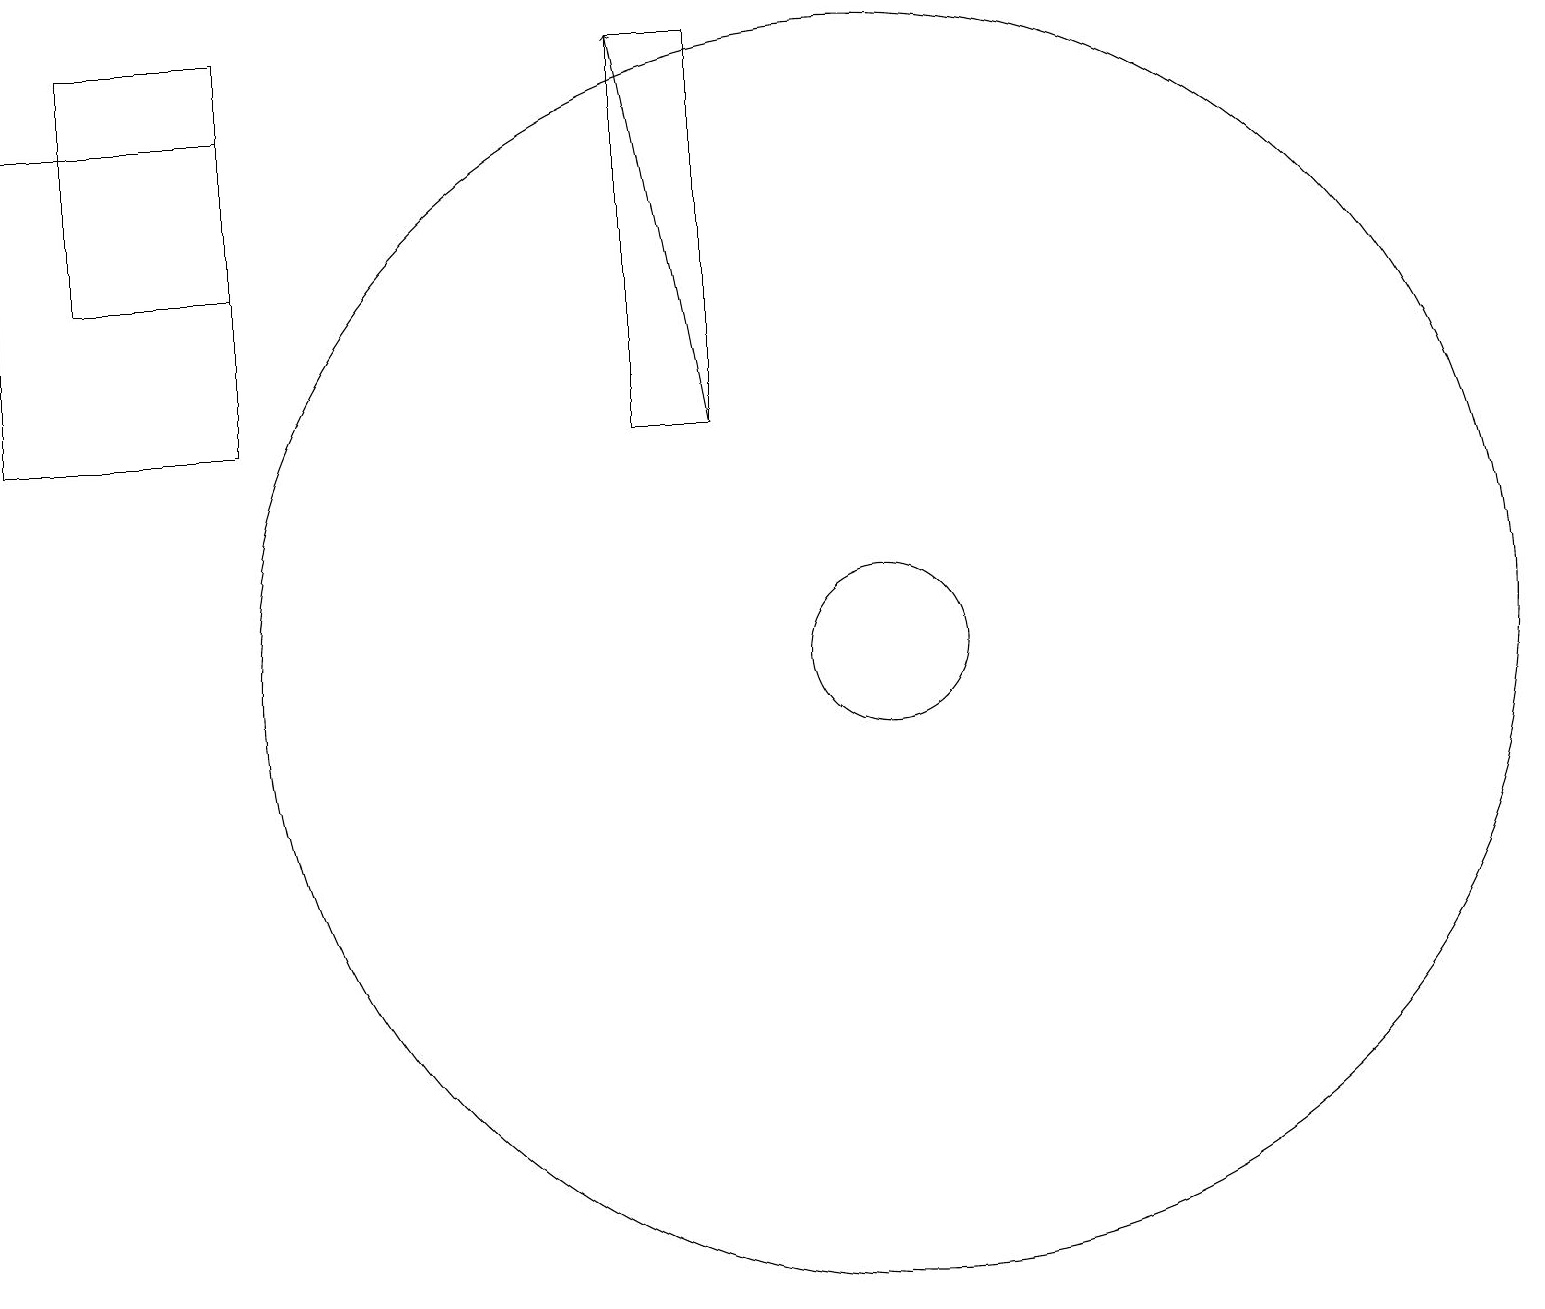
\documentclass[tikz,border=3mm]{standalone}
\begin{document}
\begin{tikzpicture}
\draw (0,18) rectangle (3,14);
\draw (3,19) rectangle (1,16);
\draw (11,11) circle (1);
\draw[->] (9,14) -- (8,19);
\draw (8,19) rectangle (9,14);
\draw (11,11) circle (8);
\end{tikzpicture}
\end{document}